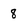
Character: 8